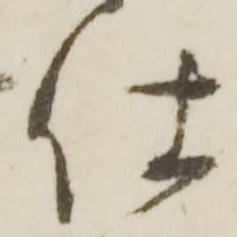
仕